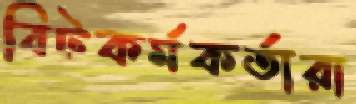
বিটকর্মকর্তারা